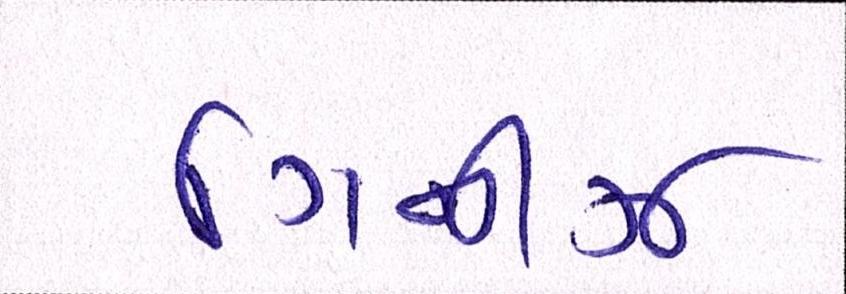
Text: ગિનીઝ